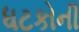
ધટકોની